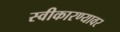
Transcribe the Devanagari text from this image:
स्वीकारण्यावर